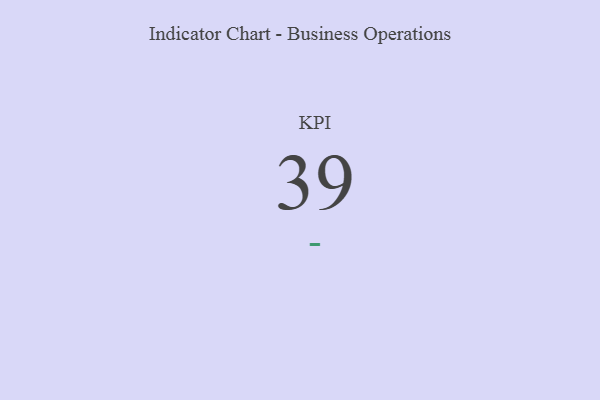
{"axis": {"x": "KPI", "y": "Value"}, "legend": [""], "data": [{"x": "KPI", "y": 39, "type": ""}]}